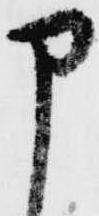
申